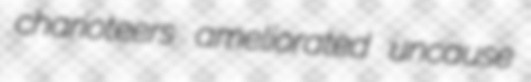
charioteers ameliorated uncause